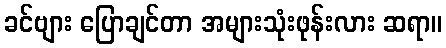
ခင်ဗျား ပြောချင်တာ အများသုံးဖုန်းလား ဆရာ။